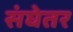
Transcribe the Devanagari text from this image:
संघेतर